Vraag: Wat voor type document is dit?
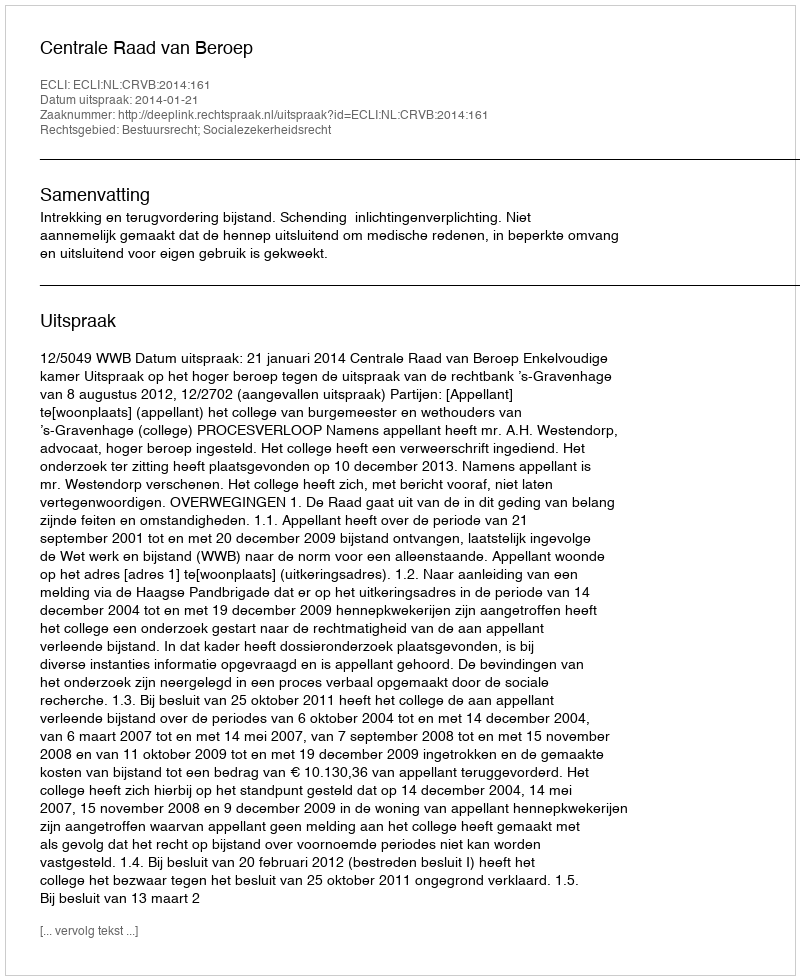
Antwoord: Uitspraak